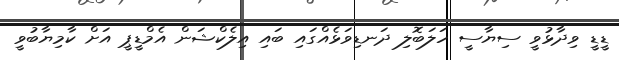
ޑީޑީ ވިދާޅުވީ ސިޔާސީ ހަލަބޮލި ދަނޑިވަޅެއްގައި ބައި އިލެކްޝަން އެމްޑީޕީ އަށް ކާމިޔާބުވީ